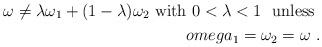
LaTeX: \begin{align*}\omega \ne \lambda \omega_{1} + (1-\lambda) \omega_{2} \mbox{ with } 0<\lambda<1 \ \mbox{ unless } \\omega_{1}=\omega_{2}=\omega \ .\end{align*}